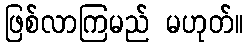
ဖြစ်လာကြမည် မဟုတ်။